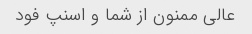
عالی ممنون از شما و اسنپ فود